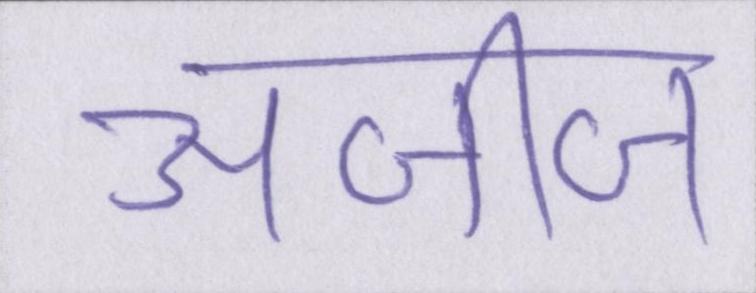
अजीज